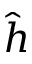
\hat { h }